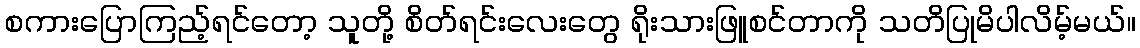
စကားပြောကြည့်ရင်တော့ သူတို့ စိတ်ရင်းလေးတွေ ရိုးသားဖြူစင်တာကို သတိပြုမိပါလိမ့်မယ်။